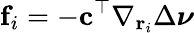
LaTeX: \mathbf{f}_{i}=-\mathbf{c}^{\top}\nabla_{\mathbf{r}_{i}}\Delta\boldsymbol{\nu}